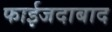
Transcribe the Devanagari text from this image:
फाईजदाबाद